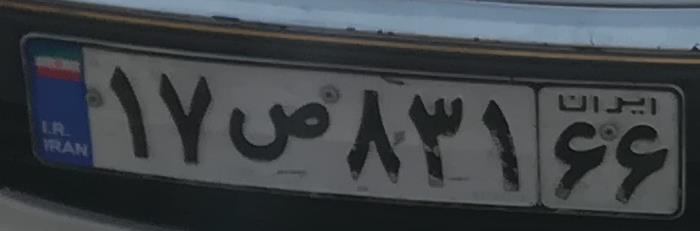
۱۷ص۸۳۱۶۶